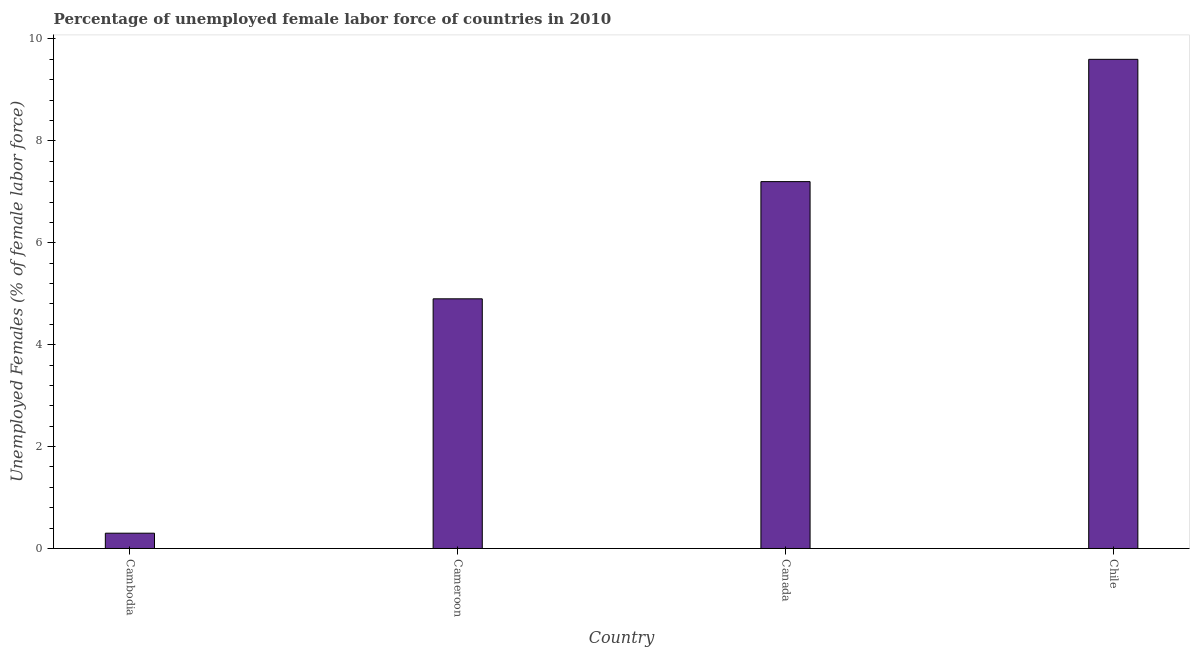
| Country | Unemployment female |
 | --- | --- |
 | Cambodia | 0.3 |
 | Cameroon | 4.9 |
 | Canada | 7.2 |
 | Chile | 9.6 |